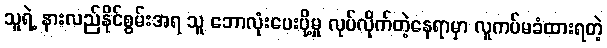
သူရဲ့ နားလည်နိုင်စွမ်းအရ သူ ဘောလုံးပေးပို့မှု လုပ်လိုက်တဲ့နေရာမှာ လူကပ်မခံထားရတဲ့